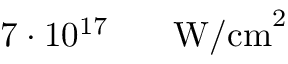
7 \cdot 1 0 ^ { 1 7 } \ensuremath { \mathrm { ~ \textrm ~ { ~ \, ~ } ~ } } \ensuremath { \mathrm { W / c m } } ^ { 2 }